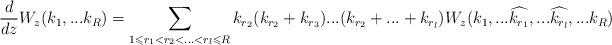
LaTeX: \begin{align*}\frac{d}{dz}W_z(k_1, ... k_R) = \sum_{1 \leqslant r_1 < r_2 < ... < r_l \leqslant R} k_{r_2} (k_{r_2} + k_{r_3}) ... (k_{r_2} + ... + k_{r_l}) W_z (k_1, ... \widehat{k_{r_1}}, ... \widehat{k_{r_l}}, ... k_R)\end{align*}